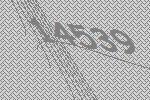
14539